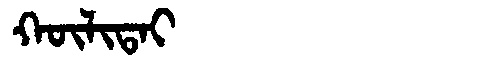
Manchu: ᡴᡡᠯᡳᡨᠠᡳ
Romanization: KŪLITAI